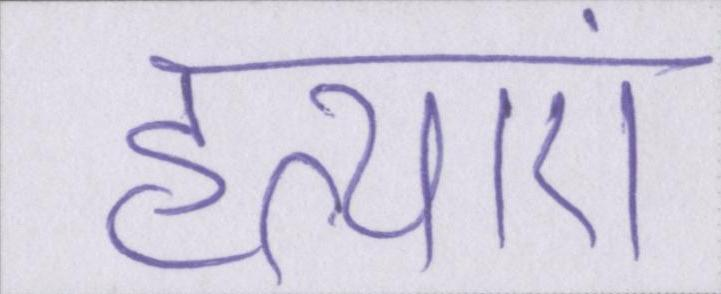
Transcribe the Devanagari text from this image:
हत्याएं